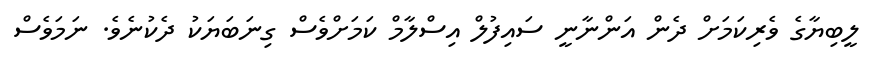
ލީބިޔާގެ ވެރިކަމަށް ދެން އަންނާނީ ސައިފުލް އިސްލާމް ކަމަށްވެސް ގިނަބަޔަކު ދެކުނެވެ. ނަމަވެސް